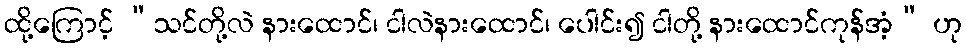
ထို့ကြောင့် “သင်တို့လဲ နားထောင်၊ ငါလဲနားထောင်၊ ပေါင်း၍ ငါတို့ နားထောင်ကုန်အံ့” ဟု